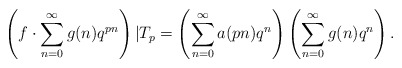
\begin{align*}\left(f\cdot\sum_{n=0}^\infty g(n)q^{pn}\right)|T_p=\left(\sum_{n=0}^\infty a(pn)q^{n}\right)\left(\sum_{n=0}^\infty g(n)q^{n}\right).\end{align*}